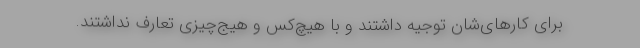
برای کارهای‌شان توجیه داشتند و با هیچ‌کس و هیج‌چیزی تعارف نداشتند.